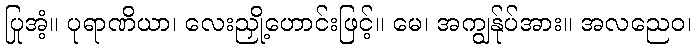
ပြုအံ့။ ပုရာဏိယာ၊ လေးညှို့ဟောင်းဖြင့်။ မေ၊ အကျွန်ုပ်အား။ အလညေဝ၊